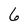
Character: 6